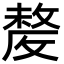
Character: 𣁛